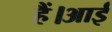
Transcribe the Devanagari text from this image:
हैं।आई